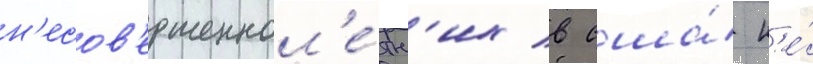
н'есов'ершеннол'е́тн'их в сша́ н'е́